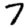
Digit: 7